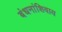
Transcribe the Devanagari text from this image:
बंधनांशिवाय